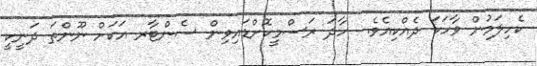
ކެހިލަމުން ވާހަކަ ދެއްކިއެވެ.  ހާދަ ރަސްމީކޮށްޑައިވިން ސެންޓާރ އަކަށް ނޫންތަ ދަނީކީ